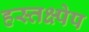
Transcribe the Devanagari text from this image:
हस्तक्ष्पेप